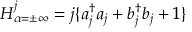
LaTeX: { \cal H } _ { \alpha = \pm \infty } ^ { j } = j \{ a _ { j } ^ { \dagger } a _ { j } + b _ { j } ^ { \dagger } b _ { j } + 1 \}